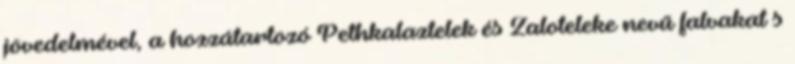
jövedelmével, a hozzátartozó Pethkalaztelek és Zaloteleke nevű falvakat s